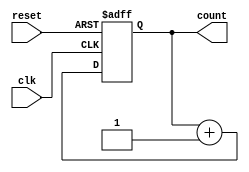
module synchronous_counter (
    input wire clk,
    input wire reset,
    output reg [7:0] count
);

always @(posedge clk or posedge reset)
    if (reset)
        count <= 8'b0;
    else
        count <= count + 1;

endmodule